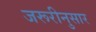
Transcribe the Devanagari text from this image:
जरूरीनुसार